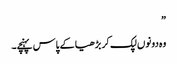
”
وہ دونوں لپک کر بڑھیا کے پاس پہنچے۔